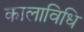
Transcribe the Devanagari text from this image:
कालाविधि